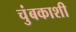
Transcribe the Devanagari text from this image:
चुंबकाशी